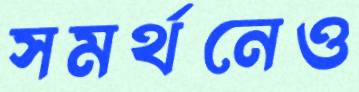
সমর্থনেও